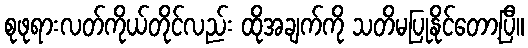
စုဖုရားလတ်ကိုယ်တိုင်လည်း ထိုအချက်ကို သတိမပြုနိုင်တော့ပြီ။